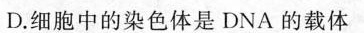
D.细胞中的染色体是DNA的载体